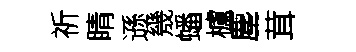
祈睛遜㡬蟠櫨塵茸